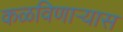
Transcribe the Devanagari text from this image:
कळविणार्‍यास